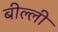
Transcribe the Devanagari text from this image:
बील्ली